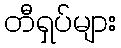
တီရှပ်များ